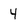
Character: 4